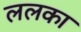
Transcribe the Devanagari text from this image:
ललका